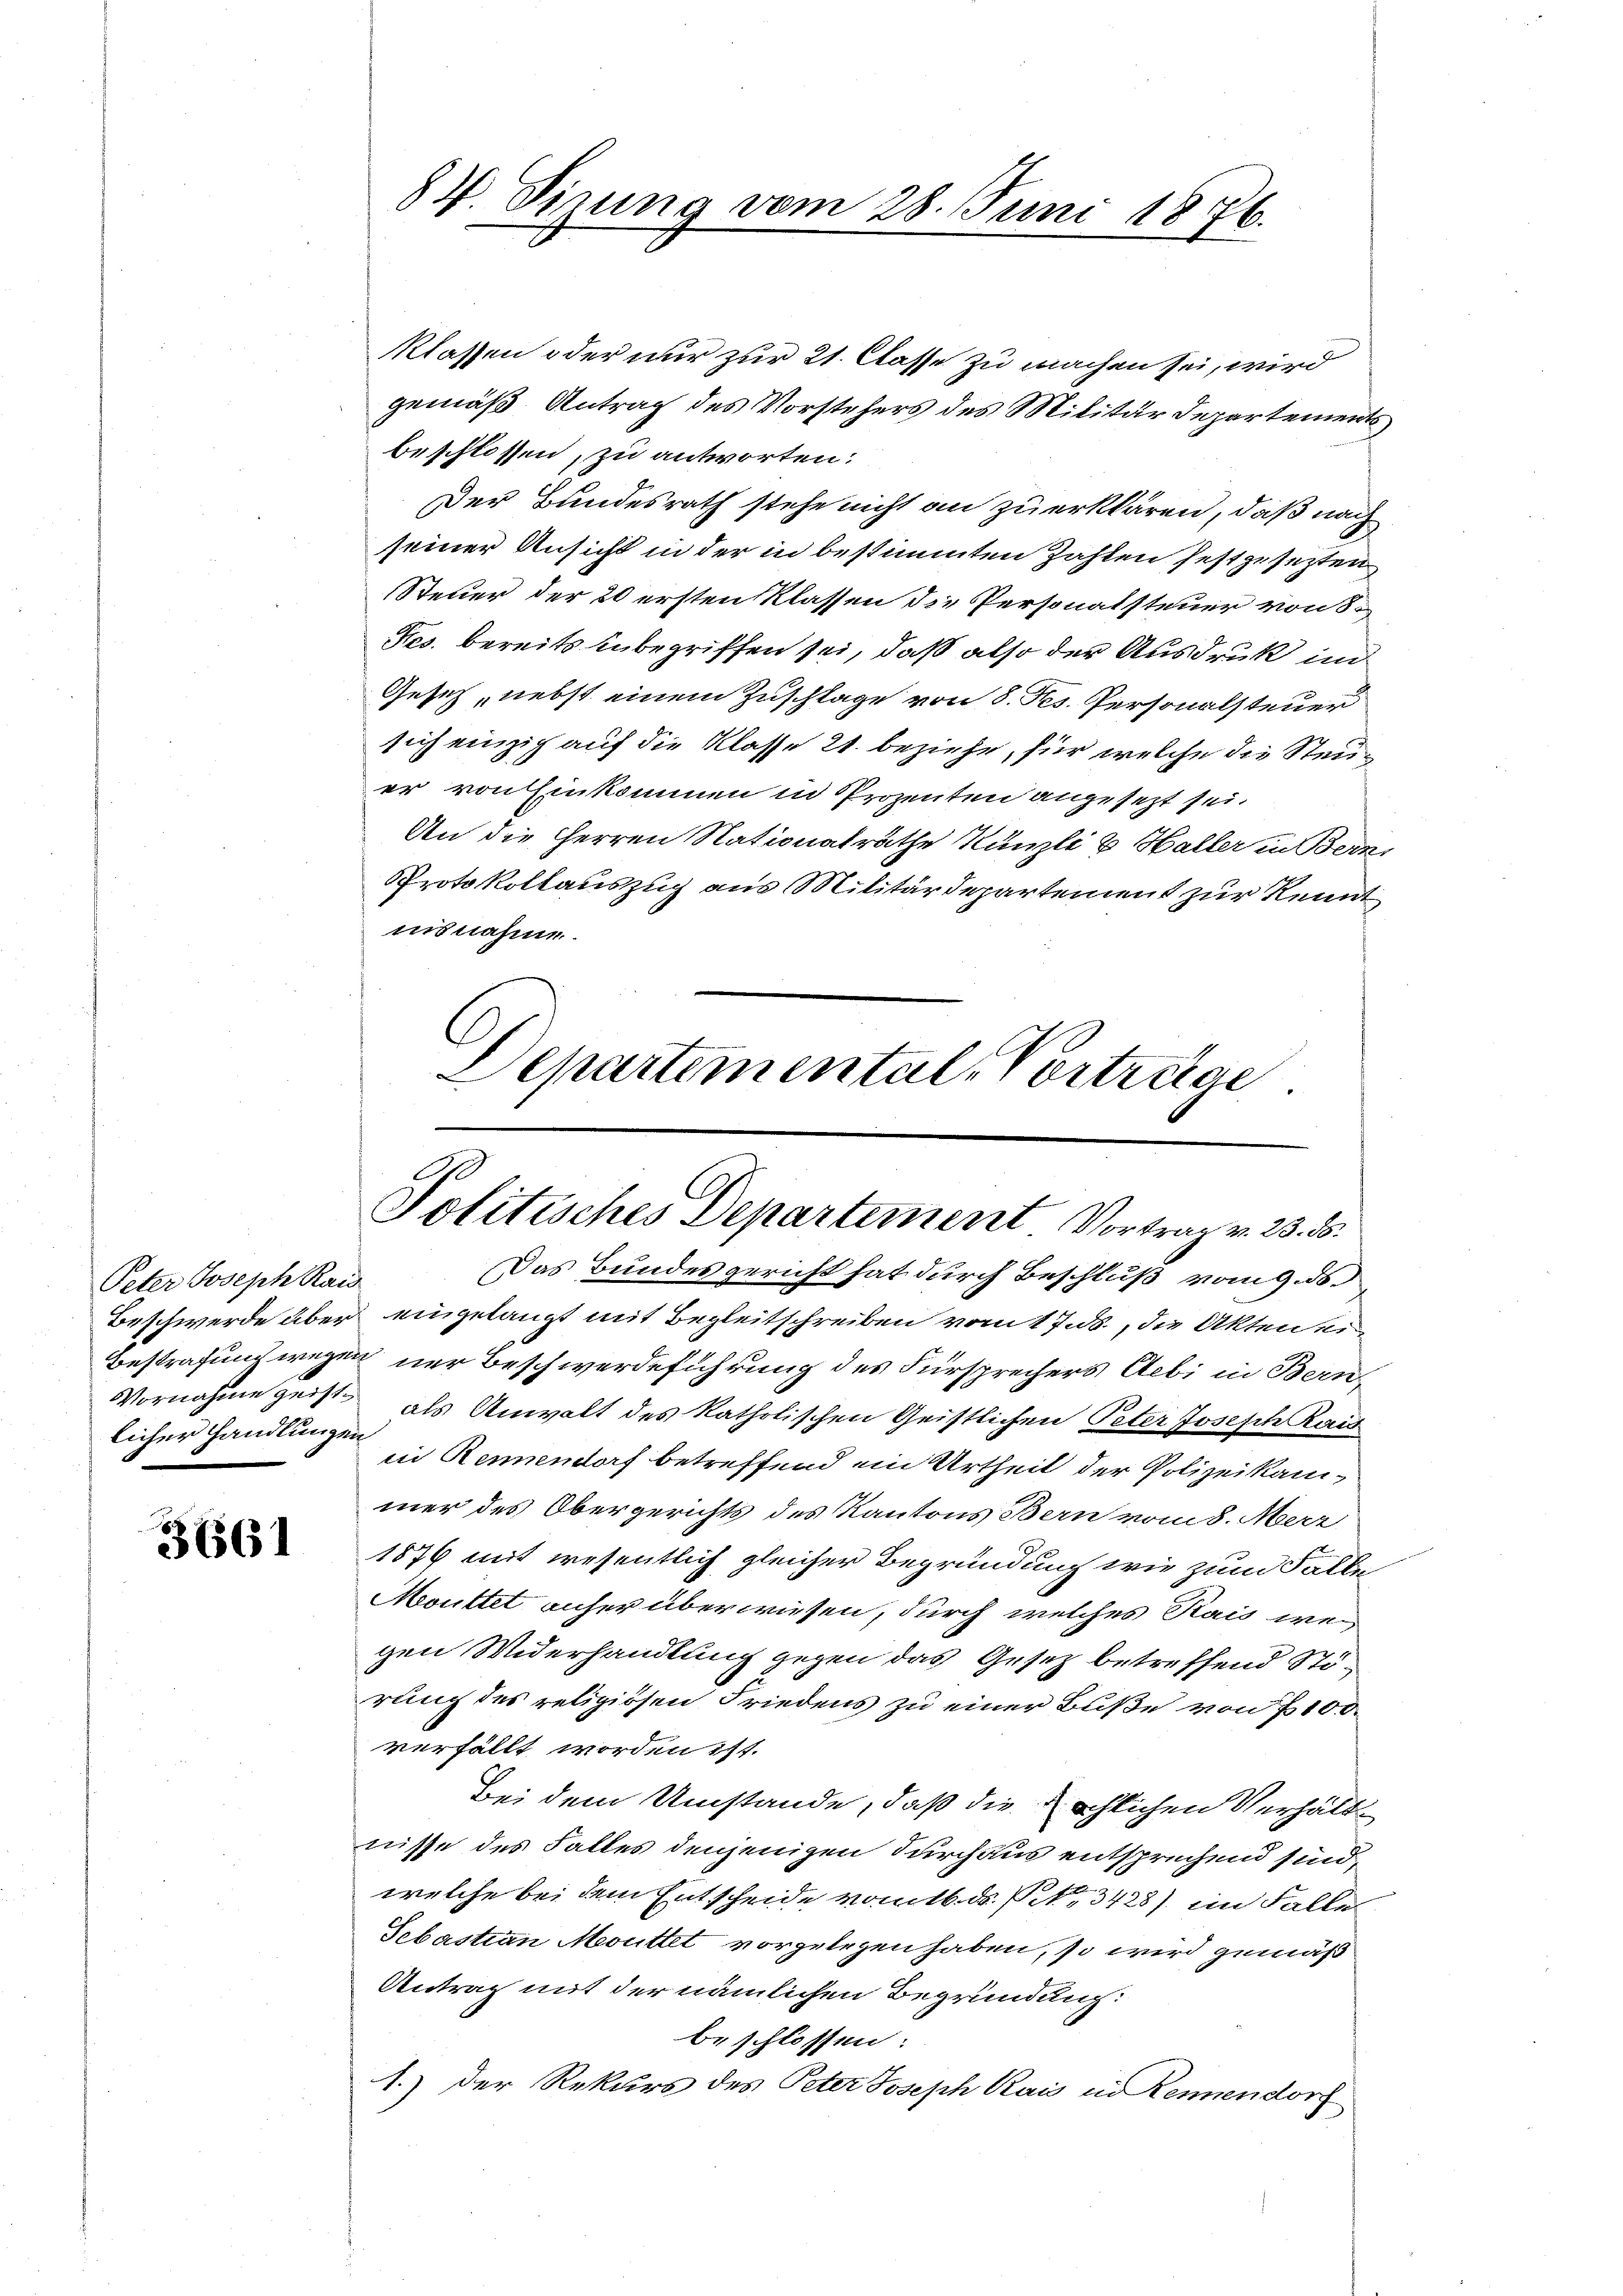
Peter Joseph Rais
licher Handlungen

3661

Klassen oder nur zur 21. Casse zu machen sei, wird
gemäß Antrag des Vorstehers des Militärdepartements
beschlossen, zu antworten:
Der Bundesrath stehe nicht an zu erklären, daß nach
seiner Ansicht in der in bestimmten Zahlen festgesetzten
Steuer der 20 ersten Klassen die Personatsteuer von S.
Fes. bereits inbegriffen sei, daß also der Ausdruck in
Gesetz, nebst einem Zuschlage von 8. Res. Personalsteuer
sich einzig auf die Klasse 21. beziehe, für welche die Steuer von Einkommen in Prozenten angesezt sei.
An die Herren Nationalräthe Künzli & Haller in Berni
Protokollauszug aus Militärdepartement zur Kennt
insnahme.

84. Sizung vom 28. Juni 1876.

Departemental. Vortrüge

Politisches Departement Vortrag v. 23. ds.

Das Bundesgericht hat durch Beschluß vom 9. ds.
Beschwerde aber eingelangt mit Begleitschreiben vom 17. ds., die Akten ei¬
Bestrafung wegen nur Beschwerdeführung des Fürsprechers Aebi in Bern¬
Vornahme geist als Anwalt des katholischen Geistlichen Peter Joseph Kais
in Rennendorf betreffend ein Urtheil der Polizeikammer des Obergerichts des Kantons Bern vom 8. Merz
1876 mit wesentlich gleicher Begründung wie zum Falle
Moultet anher überwiesen, durch welches Kais wegen Widerhandlung gegen das Gesetz betreffend Störung des religiösen Friedens zu einer Buße von 100.
verfällt worden ist.
Bei dem Umstände, daß die schlichen Verhält
nisse des Falles denjenigen durchaus entsprechend sind,
welche bei dem Entscheide vom 16. ds. S. 3428) im Falle
Sebastian Monttet vorgelegen haben, so wird gemäß
Antrag mit der nämlichen Begründung:
beschlossen:
1.) Der Rekurs des Peter Joseph Rais in Kennendorf